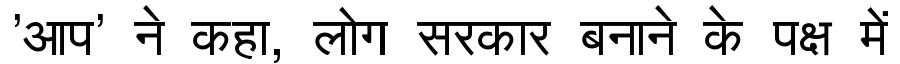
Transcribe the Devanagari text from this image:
'आप' ने कहा, लोग सरकार बनाने के पक्ष में